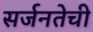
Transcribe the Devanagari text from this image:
सर्जनतेची